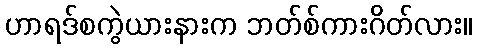
ဟာရဒ်စကွဲယားနားက ဘတ်စ်ကားဂိတ်လား။